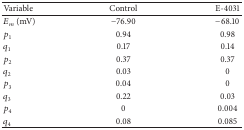
<table><thead><tr><td><b>Variable</b></td><td><b>Control</b></td><td><b>E-4031</b></td></tr></thead><tbody><tr><td><i>E</i><sub><i>m</i></sub> (mV)</td><td>−76.90</td><td>−68.10</td></tr><tr><td><i>p</i><sub>1</sub></td><td>0.94</td><td>0.98</td></tr><tr><td><i>q</i><sub>1</sub></td><td>0.17</td><td>0.14</td></tr><tr><td><i>p</i><sub>2</sub></td><td>0.37</td><td>0.37</td></tr><tr><td><i>q</i><sub>2</sub></td><td>0.03</td><td>0</td></tr><tr><td><i>p</i><sub>3</sub></td><td>0.04</td><td>0</td></tr><tr><td><i>q</i><sub>3</sub></td><td>0.22</td><td>0.03</td></tr><tr><td><i>p</i><sub>4</sub></td><td>0</td><td>0.004</td></tr><tr><td><i>q</i><sub>4</sub></td><td>0.08</td><td>0.085</td></tr></tbody></table>